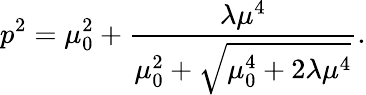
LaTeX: p^{2}=\mu_{0}^{2}+{\frac{\lambda\mu^{4}}{\mu_{0}^{2}+{\sqrt{\mu_{0}^{4}+2\lambda\mu^{4}}}}}.